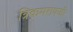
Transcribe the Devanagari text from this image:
त्रिकमरायजी